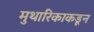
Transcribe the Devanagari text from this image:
मुथारिकाकडून